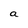
Character: a